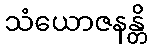
သံယောဇနန္တိ